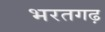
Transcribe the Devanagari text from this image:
भरतगढ़